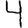
Digit: 4